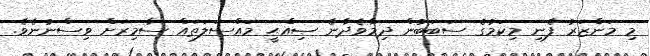
މި މަންޒަރު ފެނި މިކަމުގެ ސަބަބުން ދިމާވެދާނެ ޞިއްޙީ މައްސަލަތައް ސާމިރަށް ވިސްނުނެވެ.